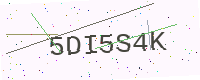
Text: 5DI5S4K